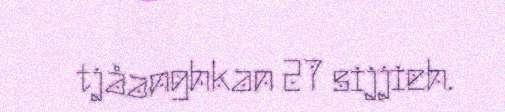
tjåanghkan 27 sijjieh.